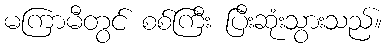
မကြာမီတွင် စစ်ကြီး ပြီးဆုံးသွားသည်။